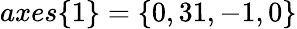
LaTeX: axes\{ 1\} =\{ 0,31,-1,0\}